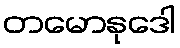
တမောနုဒေါ